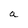
Character: a